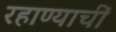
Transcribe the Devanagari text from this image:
रहाण्याचीं